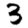
Digit: 3